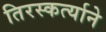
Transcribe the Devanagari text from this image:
तिरस्कर्त्याने